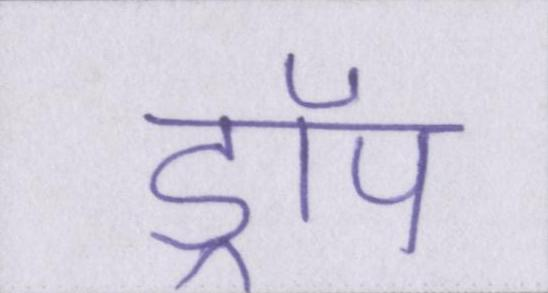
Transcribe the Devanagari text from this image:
ड्रॉप